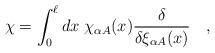
LaTeX: \begin{align*}\chi=\int_0^\ell dx\;\chi_{\alpha A}(x){\delta\over \delta\xi_{\alpha A}(x)}\quad,\end{align*}